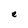
Character: e